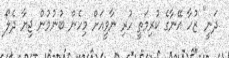
ދަނީ" ޒުހާ އޭނާގެ ކުރިމަތީ ހުރި ނާވީއަށް މިހެން ބުނުމުން ޖިޔާ ދެލޯ